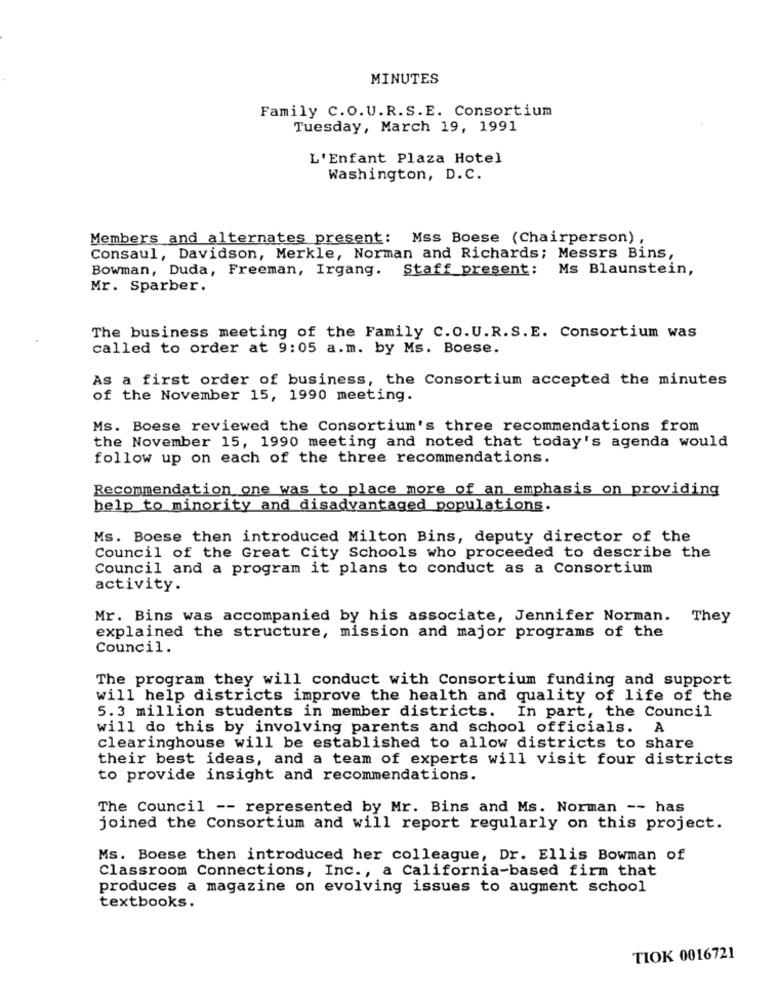
MINUTES
Family C.O.U.R.S.E. Consortium
Tuesday, March 19, 1991
L'Enfant Plaza Hotel
Washington, D.C.
Members and alternates present: Mss Boese (Chairperson) ,
Consaul, Davidson, Merkle, Norman and Richards; Messrs Bins,
Bowman, Duda, Freeman, Irgang. Staff present: Ms Blaunstein,
Mr. Sparber.
The business meeting of the Family C.O.U.R.S.E. Consortium was
called to order at 9:05 a.m. by Ms. Boese.
As a first order of business, the Consortium accepted the minutes
of the November 15, 1990 meeting.
Ms. Boese reviewed the Consortium's three recommendations from
the November 15, 1990 meeting and noted that today's agenda would
follow up on each of the three recommendations.
Recommendation one was to place more of an emphasis on providing
help to minority and disadvantaged populations.
Ms. Boese then introduced Milton Bins, deputy director of the
Council of the Great City Schools who proceeded to describe the
Council and a program it plans to conduct as a Consortium
activity.
Mr. Bins was accompanied by his associate, Jennifer Norman. They
explained the structure, mission and major programs of the
Council.
The program they will conduct with Consortium funding and support
will help districts improve the health and quality of life of the
5.3 million students in member districts. In part, the Council
will do this by involving parents and school officials. A
clearinghouse will be established to allow districts to share
their best ideas, and a team of experts will visit four districts
to provide insight and recommendations.
The Council -- represented by Mr. Bins and Ms. Norman -- has
joined the Consortium and will report regularly on this project.
Ms. Boese then introduced her colleague, Dr. Ellis Bowman of
Classroom Connections, Inc ., a California-based firm that
produces a magazine on evolving issues to augment school
textbooks.
TIOK 0016721